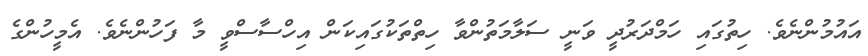
އައުމުންނެވެ. ހިތުގައި ހަމްދަރުދީ ވަނީ ސަލާމަތުންވާ ހިތްތަކުގައިކަން އިހްސާސްވީ މާ ފަހުންނެވެ. އެމީހުންގެ